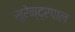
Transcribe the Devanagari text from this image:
सुरेन्द्रपाल